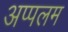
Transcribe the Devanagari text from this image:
अप्पलम